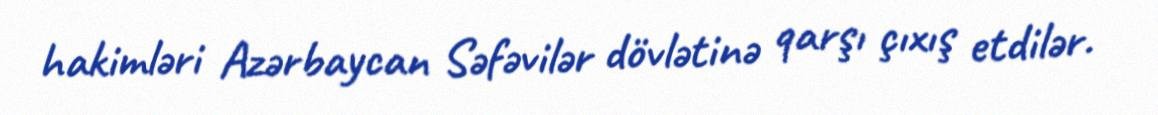
hakimləri Azərbaycan Səfəvilər dövlətinə qarşı çıxış etdilər.